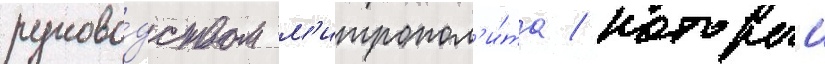
руково́дством м'итропол'и́та / которыи